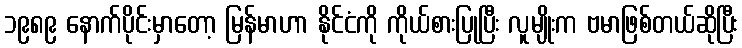
၁၉၈၉ နောက်ပိုင်းမှာတော့ မြန်မာဟာ နိုင်ငံကို ကိုယ်စားပြုပြီး လူမျိုးက ဗမာဖြစ်တယ်ဆိုပြီး